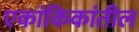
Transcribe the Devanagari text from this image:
एकांकिकांतील